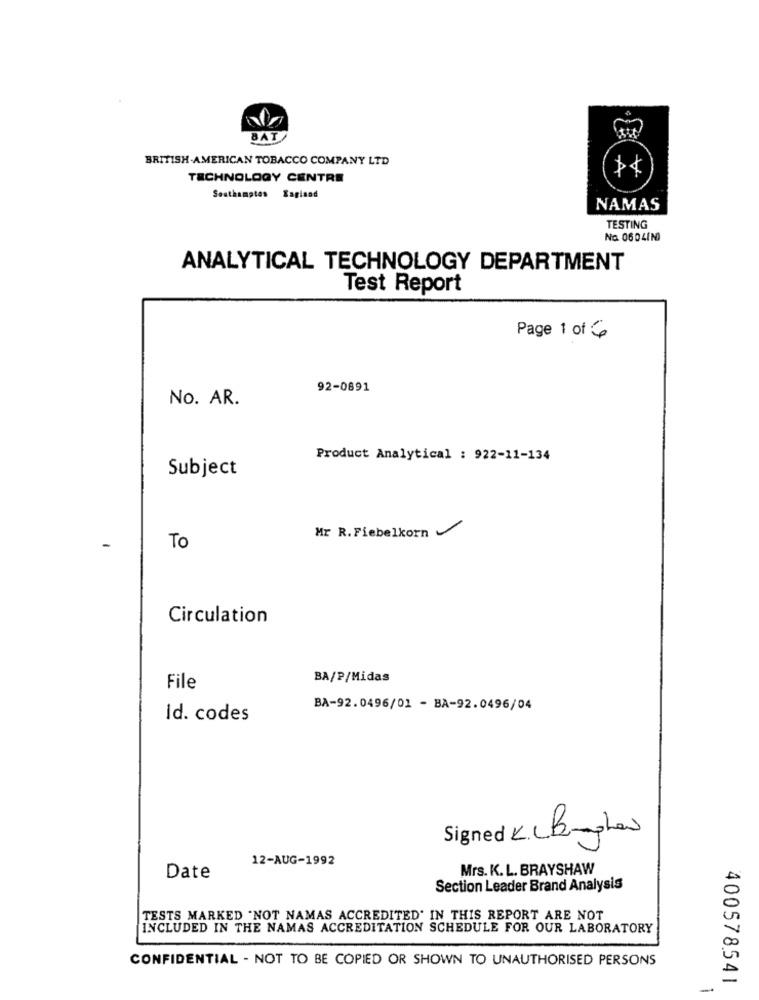
BAT
BRITISH AMERICAN TOBACCO COMPANY LTD
TECHNOLOGY CENTRE
Southampton Sagland
NAMAS
TESTING
No 0604IN)
ANALYTICAL TECHNOLOGY DEPARTMENT
Test Report
Page 1 of 6
92-0891
No. AR.
Product Analytical : 922-11-134
Subject
Mr R.Fiebelkorn
To
Circulation
BA/P/Midas
File
BA-92.0496/01 - BA-92.0496/04
Id. codes
Signed KLB-show
12-AUG-1992
Mrs. K. L. BRAYSHAW
Date
Section Leader Brand Analysis
TESTS MARKED "NOT NAMAS ACCREDITED' IN THIS REPORT ARE NOT
INCLUDED IN THE NAMAS ACCREDITATION SCHEDULE FOR OUR LABORATORY
CONFIDENTIAL - NOT TO BE COPIED OR SHOWN TO UNAUTHORISED PERSONS
400578541
-